Civil Veterinary Department Bengal reports 1923-33 - 1923-1933
Year: 1923
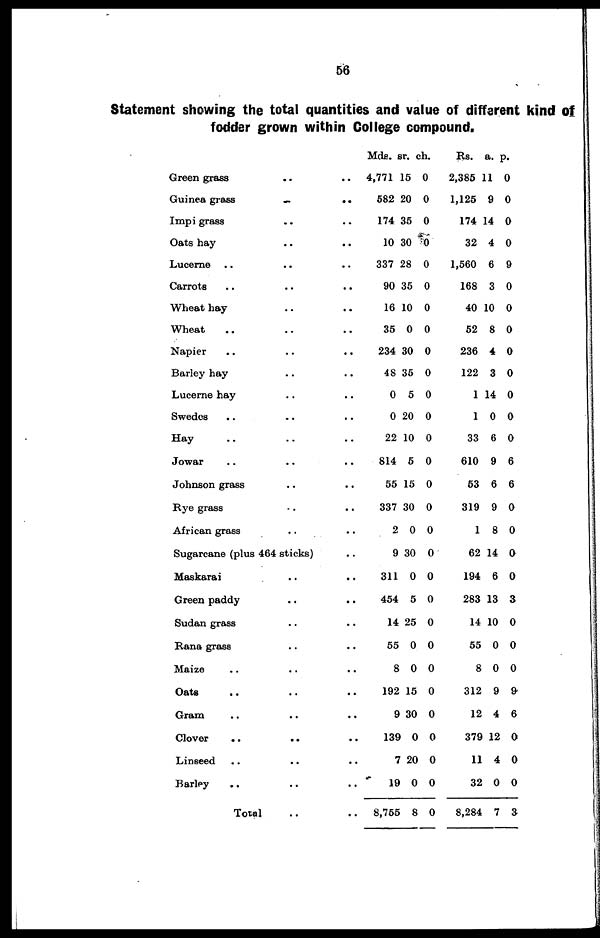
56
Statement showing the total quantities and value of different kind of
fodder grown within College compound.
Green grass .. ..
Guinea grass
..
..
Impi grass .. ..
Oats hay .. ..
Lucerne .. .. ..
Carrots .. .. ..
Wheat hay .. ..
Wheat .. .. ..
Napier
..
..
..
Barley hay .. .. ..
Lucerne hay .. ..
Swedes .. .. ..
Hay .. .. ..
Jowar .. .. ..
Johnson grass .. ..
Rye grass .. ..
African grass .. ..
Sugarcane (plus 464 sticks) ..
Maskarai .. ..
Green paddy .. ..
Sudan grass .. ..
Rana grass .. ..
Maize .. .. ..
Oats .. .. ..
Gram .. .. ..
Clover
..
.. ..
Linseed
..
..
..
Barley .. .. ..
Total .. ..
Mds.
4,771
582
174
10
337
90
16
35
234
48
0
0
22
814
55
337
2
9
311
454
14
55
8
192
9
139
7
19
8,755
sr.
15
20
35
30
28
35
10
0
30
35
5
20
10
5
15
30
0
30
0
5
25
0
0
15
30
0
20
0
8
ch.
0
0
0
0
0
0
0
0
0
0
0
0
0
0
0
0
0
0
0
0
0
0
0
0
0
0
0
0
0
Rs.
2,385
1,125
174
32
1,560
168
40
52
236
122
1
1
33
610
53
319
1
62
194
283
14
55
8
312
12
379
11
32
8,284
a.
11
9
14
4
6
3
10
8
4
3
14
0
6
9
6
9
8
14
6
13
10
0
0
9
4
12
4
0
7
p.
0
0
0
0
9
0
0
0
0
0
0
0
0
6
6
0
0
0
0
3
0
0
0
9
6
0
0
0
3